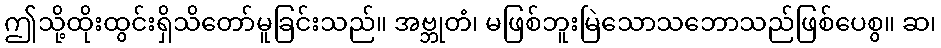
ဤသို့ထိုးထွင်းရှိသိတော်မူခြင်းသည်။ အဗ္ဘုတံ၊ မဖြစ်ဘူးမြဲသောသဘောသည်ဖြစ်ပေစွ။ ဆ၊